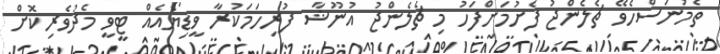
ތެމުނަސްހެވޭ ޗެލެންޖު ފެށުމަށްފަހު މި ޗެލެންޖު އުނޫޝާ ފުރިހަމަކުރާ ވީޑިޔޯއެއް ޓީވީ މެދުވެރިކޮށް